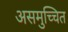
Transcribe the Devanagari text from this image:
असमुच्चित